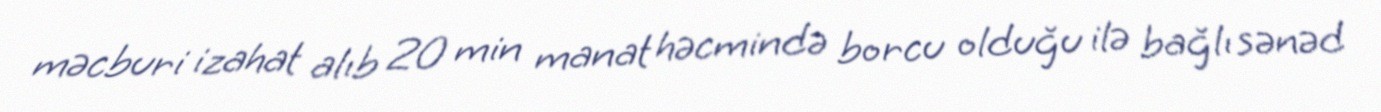
məcburi izahat alıb 20 min manat həcmində borcu olduğu ilə bağlı sənəd